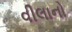
વીલાનો